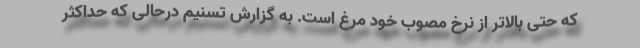
که حتی بالاتر از نرخ مصوب خود مرغ است. به گزارش تسنیم درحالی که حداکثر